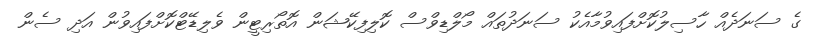
ގެ ސަނަދެއް ހާސިލުކޮށްފައިވުމާއެކު ސަނަދުތައް މޯލްޑިވްސް ކޮލިފިކޭޝަން އޮތޯރިޓީން ވެލިޑޭޓްކޮށްފައިވުން އަދި ސެން